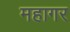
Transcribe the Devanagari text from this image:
महागर